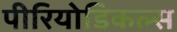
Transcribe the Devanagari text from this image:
पीरियोडिकल्स